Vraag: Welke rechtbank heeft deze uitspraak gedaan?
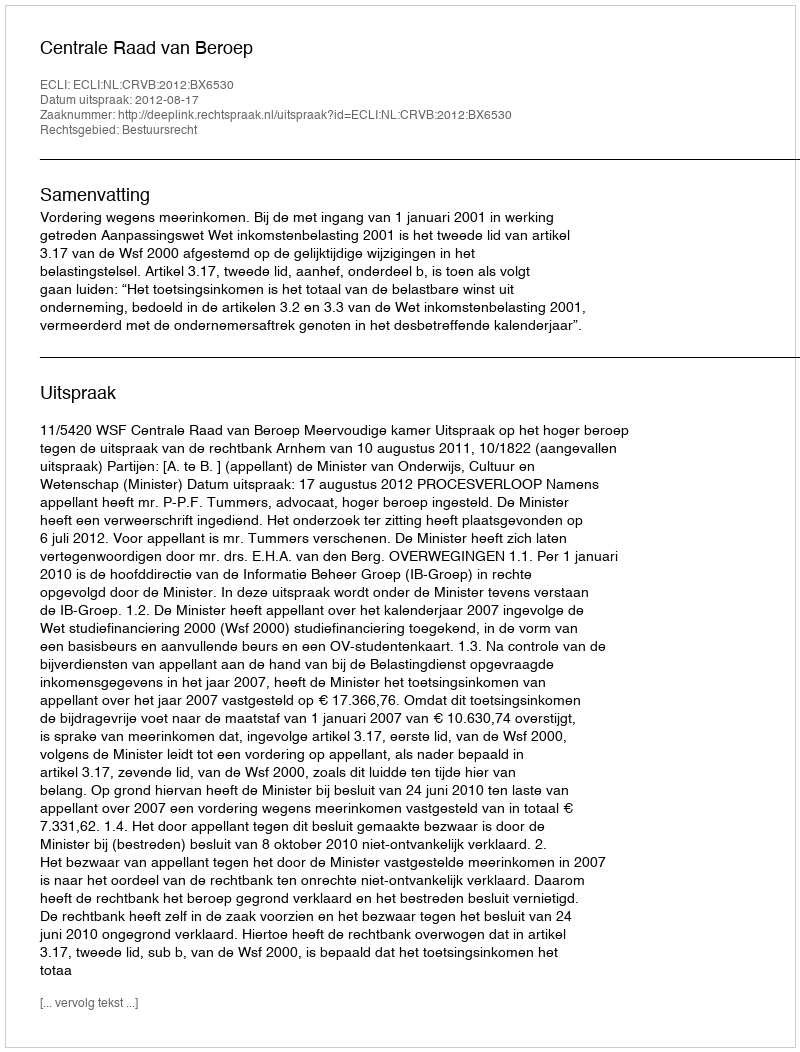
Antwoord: Centrale Raad van Beroep